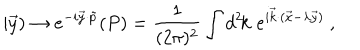
LaTeX: | \vec { y } ) \rightarrow e ^ { - i \vec { y } \cdot \tilde { p } } ( P ) = \frac { 1 } { ( 2 \pi ) ^ { 2 } } \int { d ^ { 2 } \kern - . 1 8 e m k } \, \, e ^ { i \vec { k } \cdot ( \vec { x } - \lambda \vec { y } ) } ~ ,